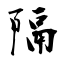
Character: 隔